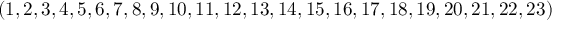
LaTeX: ( 1 , 2 , 3 , 4 , 5 , 6 , 7 , 8 , 9 , 1 0 , 1 1 , 1 2 , 1 3 , 1 4 , 1 5 , 1 6 , 1 7 , 1 8 , 1 9 , 2 0 , 2 1 , 2 2 , 2 3 )